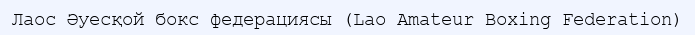
Лаос Әуесқой бокс федерациясы (Lao Amateur Boxing Federation)